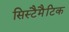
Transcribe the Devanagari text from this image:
सिस्टैमैटिक